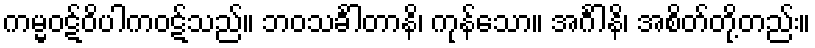
ကမ္မဝဋ်ဝိပါကဝဋ်သည်။ ဘဝသင်္ခါတာနိ၊ ကုန်သော။ အင်္ဂါနိ၊ အစိတ်တို့တည်း။